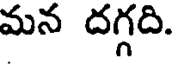
మన దగ్గది.